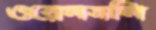
ওয়েলসলি